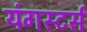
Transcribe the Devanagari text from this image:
यंगस्टर्स